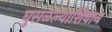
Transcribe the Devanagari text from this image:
घुसळल्याशिवाय